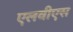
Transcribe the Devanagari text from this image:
एलवीएस